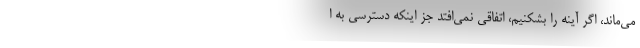
می‌ماند، اگر آینه را بشکنیم، اتفاقی نمی‌افتد جز اینکه دسترسی به ا